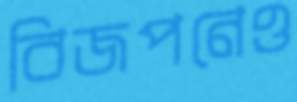
বিজপনেও